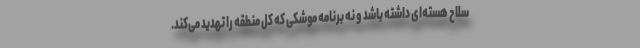
سلاح هسته‌ای داشته باشد و نه برنامه موشکی که کل منطقه را تهدید می‌کند.